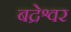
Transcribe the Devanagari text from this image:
बद्रेश्वर